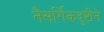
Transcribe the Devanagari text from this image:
नैसर्गिकदृष्टीने